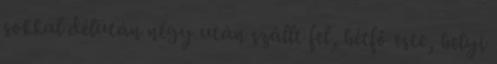
sokkal délután négy után szállt fel, hétfő este, helyi